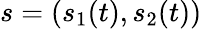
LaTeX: s=(s_{1}(t),s_{2}(t))